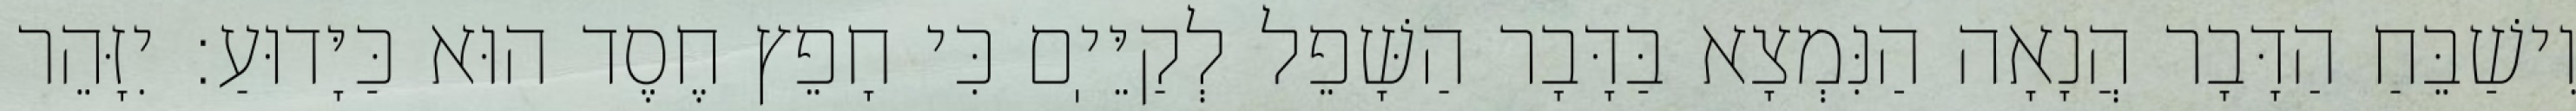
וִישַׁבֵּחַ הַדָּבָר הֲנָאָה הַנִּמְצָא בַּדָּבָר הַשָּׁפֵל לְקַיֵּיֽם כִּי חָפֵץ חֶסֶד הוּא כַּיָּדוּעַ: יִזָּהֵר